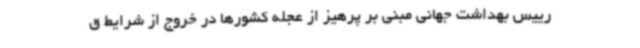
رییس بهداشت جهانی مبنی بر پرهیز از عجله کشورها در خروج از شرایط ق